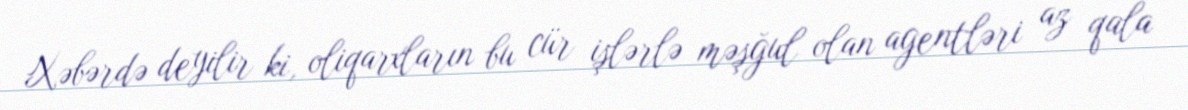
Xəbərdə deyilir ki, oliqarxların bu cür işlərlə məşğul olan agentləri az qala